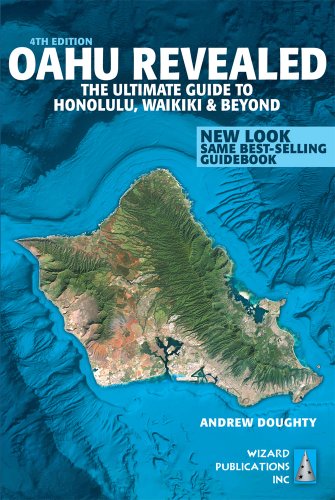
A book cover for Oahu Revealed: The Ultimate Guide to Honolulu, Waikiki & Beyond; Andrew Doughty; Travel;